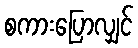
စကားပြောလျှင်